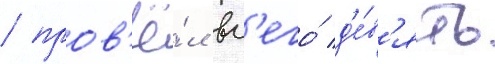
/ пров'ё́л вс'его́ д'е́в'ять